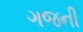
ગજની